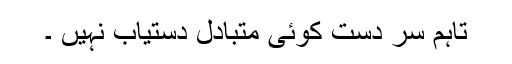
تاہم سر دست کوئی متبادل دستیاب نہیں ۔